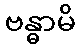
ဗန္ဓာမိ